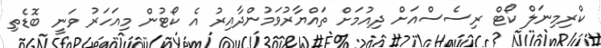
ކްރިމިނަލް ކޯޓް ރިސެސްއަށް ދިއުމަށް ތައްޔާރުވަމުންދާއިރު އެ ކޯޓުން މިއަހަރު ވަނީ ބޮޑެތި